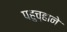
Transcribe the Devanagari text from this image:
पहुच्हाने